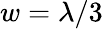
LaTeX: w=\lambda/3